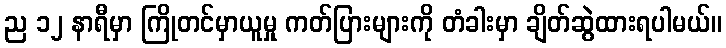
ည ၁၂ နာရီမှာ ကြိုတင်မှာယူမှု ကတ်ပြားများကို တံခါးမှာ ချိတ်ဆွဲထားရပါမယ်။